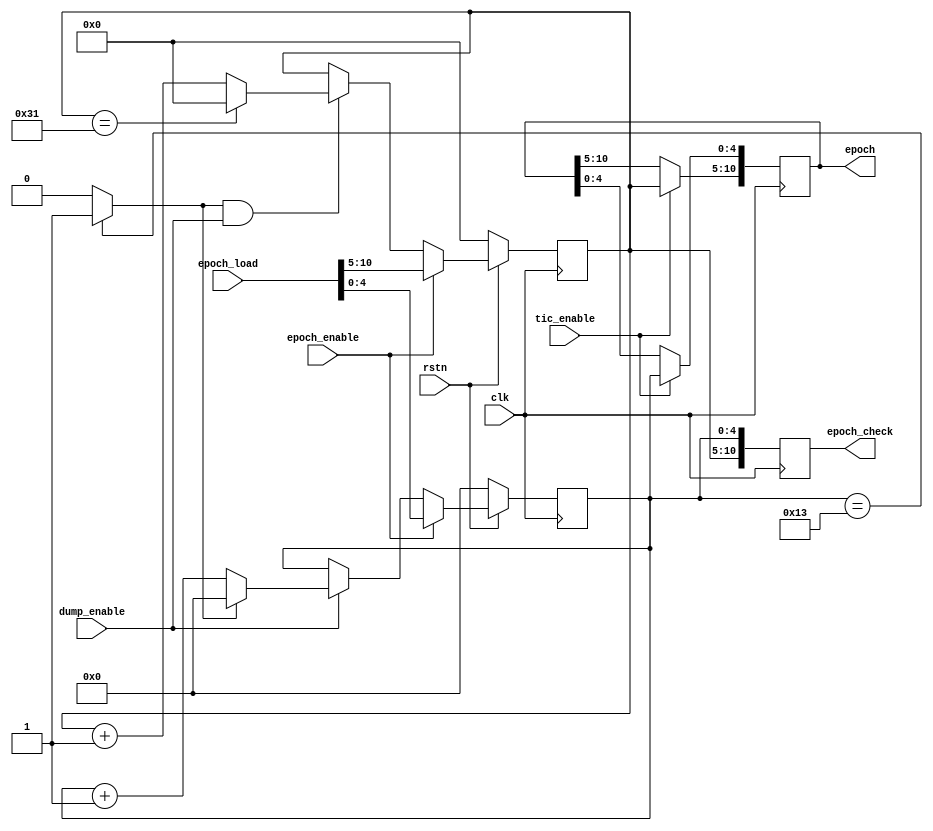
           //                              -*- Mode: Verilog -*-
// Description     : Count the C/A code cycles.
 
 
/*                 C/A code cycles are counted by two counters;
                   the 1ms epoch counter (or cycle counter)
                   and the 20ms epoch counter (or bit counter).
                   The 1ms epoch counter counts C/A code cycles (by
                   counting dump_enable pulses) that occur every 1ms
                   from 0 to 19. This allows the tracking of the bit
                   boundaries in the broadcast message that occur every
                   20ms. Every time this counter rolls over, the 20ms
                   epoch counter increments. The 20ms epoch counter
                   goes from 0 to 49 to allow tracking of the message
                   frame boundary.
 
                   The 1ms epoch count is 5 bits wide.
                   The 20ms count count is 6 bits wide.
 
                   The values are latched into epoch on the tic_enable.
                   The epoch_check is for instantaneous values used for finding
                   message bit flips.
*/
/*
    Copyright (C) 2007  Peter Mumford
 
    This library is free software; you can redistribute it and/or
    modify it under the terms of the GNU Lesser General Public
    License as published by the Free Software Foundation; either
    version 2.1 of the License, or (at your option) any later version.
 
    This library is distributed in the hope that it will be useful,
    but WITHOUT ANY WARRANTY; without even the implied warranty of
    MERCHANTABILITY or FITNESS FOR A PARTICULAR PURPOSE.  See the GNU
    Lesser General Public License for more details.
 
    You should have received a copy of the GNU Lesser General Public
    License along with this library; if not, write to the Free Software
    Foundation, Inc., 51 Franklin Street, Fifth Floor, Boston, MA  02110-1301  USA
*/
 
module epoch_counter (clk, rstn, tic_enable, dump_enable, epoch_enable, epoch_load, epoch, epoch_check);
 
   input clk, rstn, tic_enable, dump_enable, epoch_enable;
   input [10:0] epoch_load;
   output reg [10:0] epoch;
   output reg [10:0]epoch_check;
 
   reg [4:0] cycle_count;
   reg [5:0] bit_count;
   wire cycle_count_overflow;
    
// the 1ms epoch (C/A code cycle) counter
   always @ (posedge clk)
   begin
     if (!rstn) cycle_count <= 0;
     else if (epoch_enable)
          cycle_count <= epoch_load[4:0];
     else if (dump_enable)
        begin
        if (cycle_count_overflow) cycle_count <= 0;
        else cycle_count <= cycle_count + 1;
        end
   end
    
// look for the overflow
   assign cycle_count_overflow = (cycle_count == 19)? 1:0;
 
// the 20ms epoch (bit flip) counter
   always @ (posedge clk)
   begin
     if (!rstn) bit_count <= 0;
     else if (epoch_enable)
         bit_count <= epoch_load[10:5];
     else if (cycle_count_overflow & dump_enable)
        begin
        if (bit_count == 49) bit_count <= 0;
        else bit_count <= bit_count + 1;
        end
   end
 
// latch the epoch into a register  
   always @ (posedge clk)
   begin
   if (tic_enable)
      begin
        epoch[4:0] <= cycle_count;
        epoch[10:5] <= bit_count;
      end
   end
 
   always @ (posedge clk)
   begin
      epoch_check[4:0] <= cycle_count;
      epoch_check[10:5] <= bit_count;
   end
    
endmodule // epoch_counter